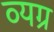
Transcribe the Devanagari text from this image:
व्‍यग्र